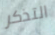
التذكر